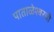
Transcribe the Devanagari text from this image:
पाताळेश्वरची